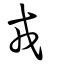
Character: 𢦦